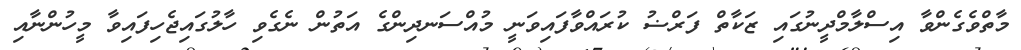
މާތްވެގެންވާ އިސްލާމްދީނުގައި ޒަކާތް ފަރްޟު ކުރައްވާފައިވަނީ މުއްސަނދިންގެ އަތުން ނެގެވި ހާލުގައިޖެހިފައިވާ މީހުންނާއި